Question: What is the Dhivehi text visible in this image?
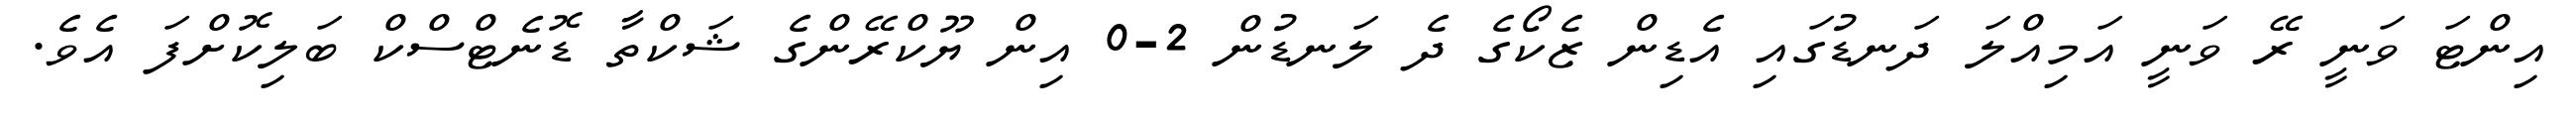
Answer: އިންޓަ ވަނީ ރޭ ވަނީ އަމިއްލަ ދަނޑުގައި އެޑިން ޒެކޯގެ ދެ ލަނޑުން 2-0 އިން ޔޫކްރޭންގެ ޝަކްތާ ޑޮނެޓްސްކް ބަލިކޮށްފަ އެވެ.